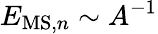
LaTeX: E_{\mathrm{MS},n}\sim A^{-1}